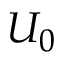
U _ { 0 }